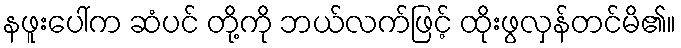
နဖူးပေါ်က ဆံပင် တို့ကို ဘယ်လက်ဖြင့် ထိုးဖွလှန်တင်မိ၏။